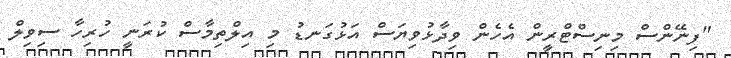
"ފިނޭންސް މިނިސްޓްރީން އެހެން ވިދާޅުވިޔަސް އަޅުގަނޑު މި އިލްތިމާސް ކުރަނީ ހުރިހާ ސިވިލް